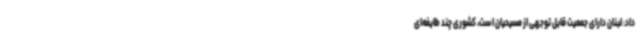
داد: لبنان دارای جمعیت قابل توجهی از مسیحیان است، کشوری چند طایفه‌ای